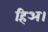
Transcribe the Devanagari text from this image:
हिअ।